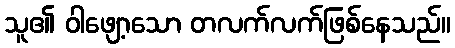
သူ၏ ဝါဖျော့သော တလက်လက်ဖြစ်နေသည်။